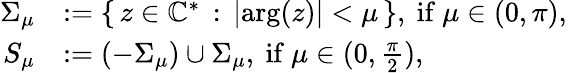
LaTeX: \begin{array}{rl}{\Sigma_{\mu}}&{:=\{ \, z\in\mathbb{C}^{\ast}\, :\, \lvert\mathrm{arg}(z)\rvert<\mu\, \} \mathrm{,~if~}\mu\in(0,\pi)\mathrm{,~}}\\ {S_{\mu}}&{:=(-\Sigma_{\mu})\cup\Sigma_{\mu}\mathrm{,~if~}\mu\in(0,\frac{\pi}{2})\mathrm{,~}}\end{array}